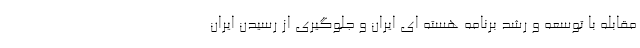
مقابله با توسعه و رشد برنامه هسته ‌ای ایران و جلوگیری از رسیدن ایران